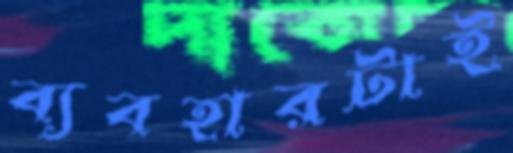
ব্যবহারটাই